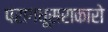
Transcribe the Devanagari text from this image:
परागधूसराकारो